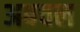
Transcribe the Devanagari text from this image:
अबचल